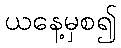
ယနေ့မှစ၍